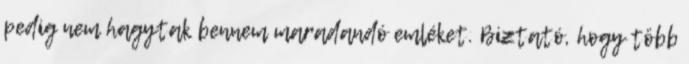
pedig nem hagytak bennem maradandó emléket. Biztató, hogy több